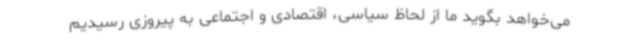
می‌خواهد بگوید ما از لحاظ سیاسی، اقتصادی و اجتماعی به پیروزی رسیدیم